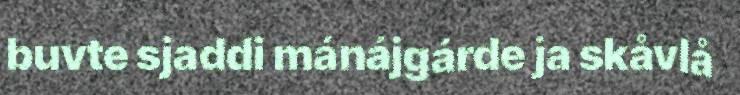
buvte sjaddi mánájgárde ja skåvlå